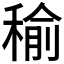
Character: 𥠕